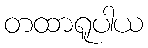
တထာရူပါယ